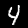
Label: 4